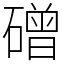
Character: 磳